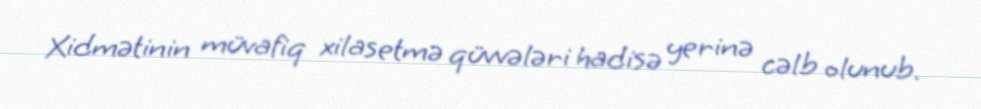
Xidmətinin müvafiq xilasetmə qüvvələri hadisə yerinə cəlb olunub.